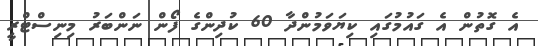
އެ ގޮތުން އެ ގައުމުގައި ކިޔަވަމުންދާ 60 ކުދިންގެ ފޯން ނަންބަރު މިނިސްޓްރީ